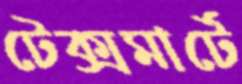
টেক্সমার্টে